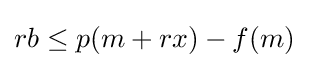
rb\leq p(m+rx)-f(m)